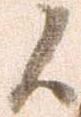
候